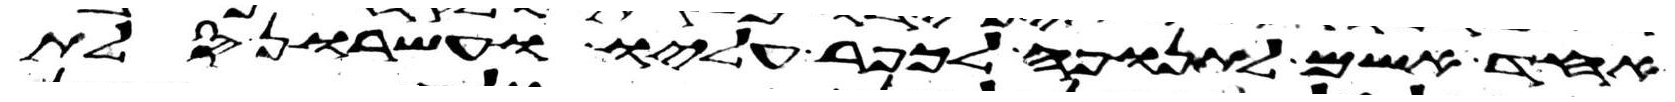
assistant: אחד אשם לתנופה לכפר עליו ועשרון סלת